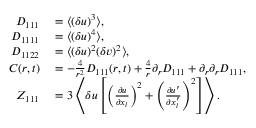
\begin{array} { r l } { D _ { 1 1 1 } } & { { } = \langle { ( \delta u ) ^ { 3 } } \rangle , } \\ { D _ { 1 1 1 1 } } & { { } = \langle { ( \delta u ) ^ { 4 } } \rangle , } \\ { D _ { 1 1 2 2 } } & { { } = \langle { ( \delta u ) ^ { 2 } ( \delta v ) ^ { 2 } } \rangle , } \\ { C ( r , t ) } & { { } = - \frac { 4 } { r ^ { 2 } } D _ { 1 1 1 } ( r , t ) + \frac { 4 } { r } \partial _ { r } D _ { 1 1 1 } + \partial _ { r } \partial _ { r } D _ { 1 1 1 } , } \\ { Z _ { 1 1 1 } } & { { } = 3 \left\langle { \delta u \left[ \left( \frac { \partial u } { \partial x _ { l } } \right) ^ { 2 } + \left( \frac { \partial u ^ { \prime } } { \partial x _ { l } ^ { \prime } } \right) ^ { 2 } \right] } \right\rangle . } \end{array}